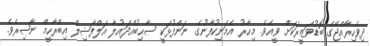
ދިވެހިރާއްޖޭގެ ބޮޑުވަޒީރަކަށް ވީއެވެ. މިހާރު އެމަނިކުފާނުގެ ނަންފުޅަކީ ޞާޙިބުއްދައުލާ އަލްފާޟިލް އިބްރާހީމް ނާޞިރެވެ.